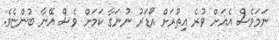
ނަމަވެސް އެއަށް ވުރެ އިތުރަށް އޯޑަރު ނުނަގާ ކަމަށް ވެސް އޭނާ ބުންޏެވެ.